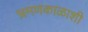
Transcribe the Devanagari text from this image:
भ्रमणकाळाशी